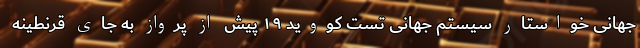
جهانی خواستار سیستم جهانی تست کووید ۱۹ پیش از پرواز به جای قرنطینه